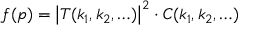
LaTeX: f ( p ) = \left| T ( k _ { 1 } , k _ { 2 } , \ldots ) \right| ^ { 2 } \cdot C ( k _ { 1 } , k _ { 2 } , \ldots )